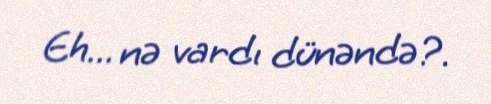
Eh... nə vardı dünəndə?.